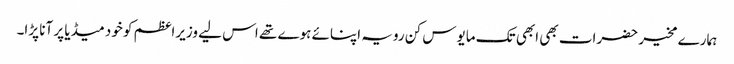
ہمارے مخیر حضرات بھی ابھی تک مایوس کن رویہ اپنائے ہوے تھے اس لیے وزیراعظم کو خود میڈیا پر آنا پڑا۔